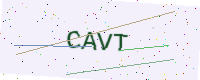
Text: CAVT